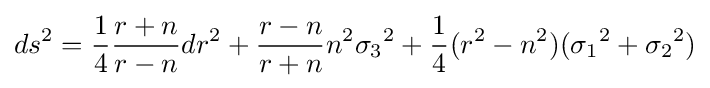
ds^{2}={\frac {1}{4}}{\frac {r+n}{r-n}}dr^{2}+{\frac {r-n}{r+n}}n^{2}{\sigma _{3}}^{2}+{\frac {1}{4}}(r^{2}-n^{2})({\sigma _{1}}^{2}+{\sigma _{2}}^{2})